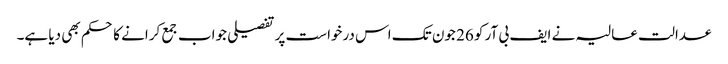
عدالت عالیہ نے ایف بی آر کو 26 جون تک اس درخواست پر تفصیلی جواب جمع کرانے کا حکم بھی دیا ہے۔